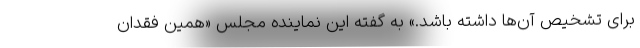
برای تشخیص آن‌ها داشته باشد.» به گفته این نماینده مجلس «همین فقدان